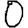
Digit: 0